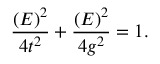
\frac { ( \relax E ) ^ { 2 } } { 4 t ^ { 2 } } + \frac { ( \relax E ) ^ { 2 } } { 4 g ^ { 2 } } = 1 .